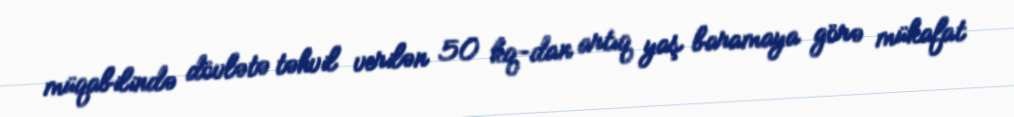
müqabilində dövlətə təhvil verilən 50 kq-dan artıq yaş baramaya görə mükafat